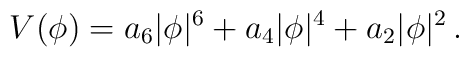
V(\phi)  = a_6 |\phi|^6 +  a_4 |\phi|^4 + a_2 |\phi|^2 \,  .